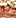
انه